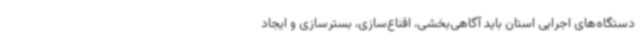
دستگاه‌های اجرایی استان باید آگاهی‌بخشی، اقناع‌سازی، بسترسازی و ایجاد